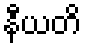
နီယတိ